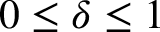
0 \leq \delta \leq 1